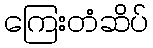
ကြေးတံဆိပ်